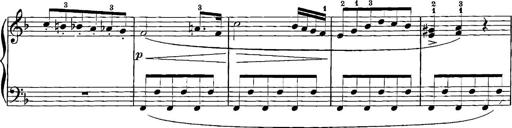
Title: 12 Sonatinas
Composer: Ignaz Pleyel